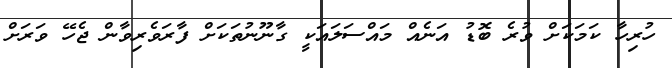
ހުރިހާ ކަމަކަށް ވުރެ ބޮޑު އަނެއް މައްސަލައަކީ ގާނޫނުތަކަށް ފާރަވެރިވާން ޖެހޭ ވަރަށް